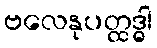
ဗလေနုပတ္ထဒ္ဓါ